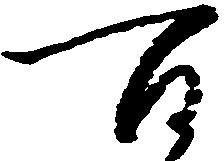
百